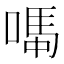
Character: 𫫆